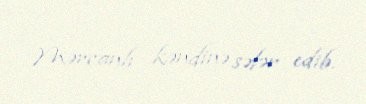
Mərcanlı kəndinə səfər edib.